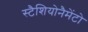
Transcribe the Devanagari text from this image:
स्टैशियोनैमेंटो